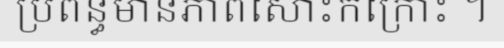
ប្រពន្ធមានភាពសោះកក្រោះ ។